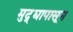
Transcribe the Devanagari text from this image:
मुद्द्यापासून